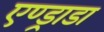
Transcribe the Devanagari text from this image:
एण्ड्राडा